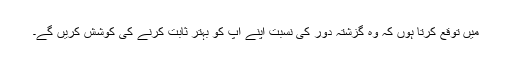
میں توقع کرتا ہوں کہ وہ گزشتہ دور کی نسبت اپنے آپ کو بہتر ثابت کرنے کی کوشش کریں گے۔